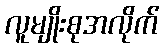
လူမျိုးစုအလိုက်